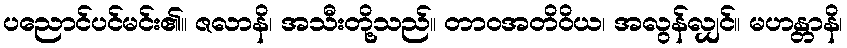
ပညောင်ပင်မင်း၏။ ဇလာနိ၊ အသီးတို့သည်။ တာဝအတိဝိယ၊ အလွန်လျှင်။ မဟန္တာနိ၊